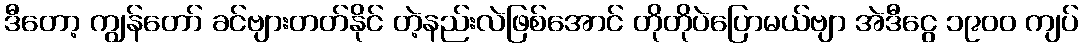
ဒီတော့ ကျွန်တော် ခင်ဗျားတတ်နိုင် တဲ့နည်းလဲဖြစ်အောင် တိုတိုပဲပြောမယ်ဗျာ အဲဒီငွေ ၁၉၀၀ ကျပ်